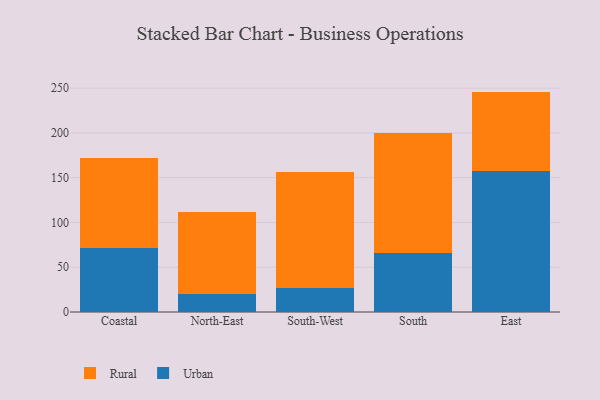
{"axis": {"x": "Region", "y": "Population (Million)"}, "legend": ["Rural", "Urban"], "data": [{"x": "Coastal", "y": 71.4, "type": "Urban"}, {"x": "Coastal", "y": 100.2, "type": "Rural"}, {"x": "North-East", "y": 19.6, "type": "Urban"}, {"x": "North-East", "y": 92.0, "type": "Rural"}, {"x": "South-West", "y": 26.8, "type": "Urban"}, {"x": "South-West", "y": 129.3, "type": "Rural"}, {"x": "South", "y": 65.6, "type": "Urban"}, {"x": "South", "y": 134.1, "type": "Rural"}, {"x": "East", "y": 157.3, "type": "Urban"}, {"x": "East", "y": 88.8, "type": "Rural"}]}